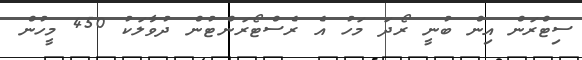
ސިޓްރަން އިން ބުނީ ރޯދަ މަހު އެ ރެސްޓޯރަންޓުން ދުވާލަކު 450 މީހުން